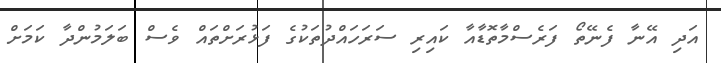
އަދި އޭނާ ފެނޭތޯ ފަރެސްމާތޮޑާއާ ކައިރި ސަރަހައްދުތަކުގެ ފަޅުރަށްތައް ވެސް ބަލަމުންދާ ކަމަށް